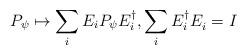
LaTeX: \begin{align*}P_\psi\mapsto\sum_iE_iP_\psi E_i^\dag,\sum_iE_i^\dag E_i^{}=I\end{align*}